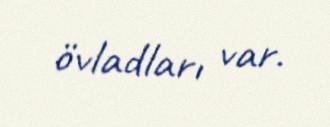
övladları var.